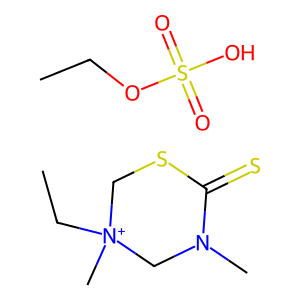
SMILES: CCOS(=O)(=O)O.CC[N+]1(C)CSC(=S)N(C)C1
Inhibits HIV replication: No